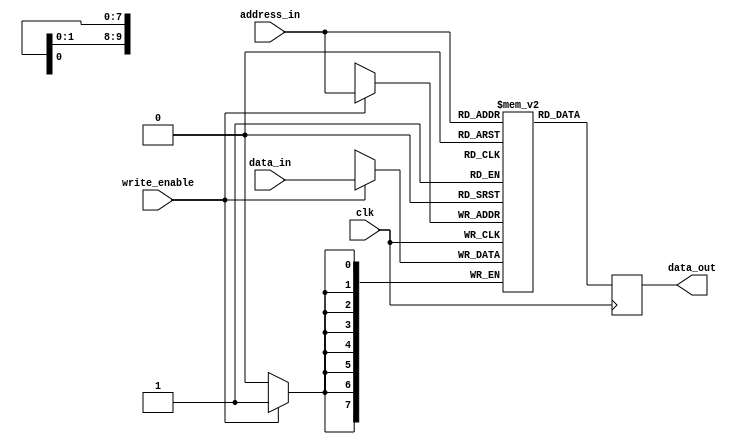
`default_nettype none
module sync_ram_sp #(parameter DATA_WIDTH=8, ADDRESS_WIDTH=10)
   (input  wire                      write_enable, clk,
    input  wire  [DATA_WIDTH-1:0]    data_in,
    input  wire  [ADDRESS_WIDTH-1:0] address_in,
    output wire  [DATA_WIDTH-1:0]    data_out);

  localparam WORD  = (DATA_WIDTH-1);
  localparam DEPTH = (2**ADDRESS_WIDTH-1);

  reg [WORD:0] data_out_r;
  reg [WORD:0] memory [0:DEPTH];

  always @(posedge clk) begin
    if (write_enable)
      memory[address_in] <= data_in;
    data_out_r <= memory[address_in];
  end

  assign data_out = data_out_r;

endmodule // sync_ram_sp


`default_nettype none
module sync_ram_sdp #(parameter DATA_WIDTH=8, ADDRESS_WIDTH=10)
   (input  wire                      clk, write_enable,
    input  wire  [DATA_WIDTH-1:0]    data_in,
    input  wire  [ADDRESS_WIDTH-1:0] address_in_r, address_in_w,
    output wire  [DATA_WIDTH-1:0]    data_out);

  localparam WORD  = (DATA_WIDTH-1);
  localparam DEPTH = (2**ADDRESS_WIDTH-1);

  reg [WORD:0] data_out_r;
  reg [WORD:0] memory [0:DEPTH];

  always @(posedge clk) begin
    if (write_enable)
      memory[address_in_w] <= data_in;
    data_out_r <= memory[address_in_r];
  end

  assign data_out = data_out_r;

endmodule // sync_ram_sdp